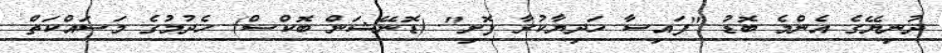
ދުނިޔޭގެ އެންމެ ބޮޑު "ފައިސާ ހަދިޔާކުރާ ފޮށި" (ޑޮނޭޝަން ބޮކްސް) ހެދުމުގެ މަސައްކަތް